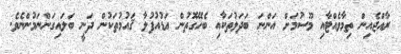
ރާއްޖެއިން ތިމާވެއްޓާއި މޫސުމަށް އަންނަ ބަދަލުތަކާއި ބެހޭގޮތުން އަޑުއުފުލާ ޤައުމުތަކުން ދަނީ ބަލައިގަންނަމުންނެވެ.